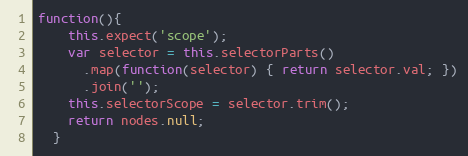
Language: JavaScript
function(){
    this.expect('scope');
    var selector = this.selectorParts()
      .map(function(selector) { return selector.val; })
      .join('');
    this.selectorScope = selector.trim();
    return nodes.null;
  }